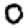
Digit: 0